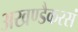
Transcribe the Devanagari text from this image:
अखण्डैकरसं